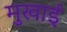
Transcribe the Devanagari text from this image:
मुखाई